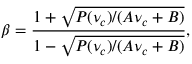
\beta = \frac { 1 + \sqrt { P ( \nu _ { c } ) / ( A \nu _ { c } + B ) } } { 1 - \sqrt { P ( \nu _ { c } ) / ( A \nu _ { c } + B ) } } ,